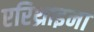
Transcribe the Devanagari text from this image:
एरिथ्राइना